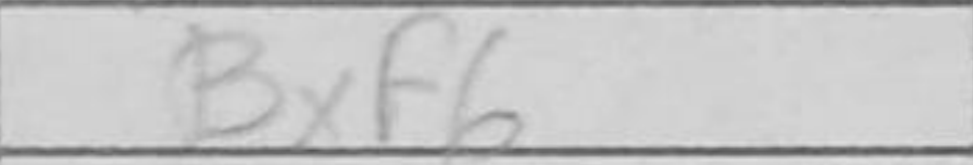
Transcription: Bxf6